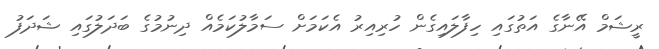
ރީޝަމް އޭނާގެ އަތުގައި ހިފާލައިގެން ހުރިއިރު އެކަމަށް ސަމާލުކަމެއް ދިނުމުގެ ބަދަލުގައި ޝަދަފު